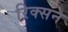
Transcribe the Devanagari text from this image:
रिक्सन